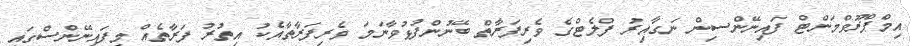
އިމްޕްރޫވްމަންޓް ފައިނޭންސިން ނަގާއިރު ފްލެޓްގެ ވެރިފަރާތް ބޭނުންފުޅުވާނަމަ ވެރިފަރާތާއެކު އިތުރު ފަރާތެއް މިފައިނޭންސްގައި